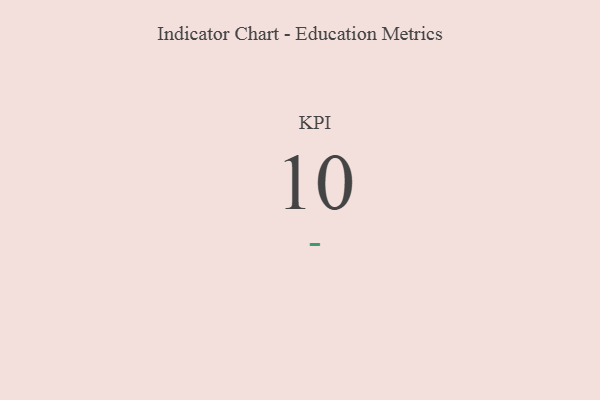
{"axis": {"x": "KPI", "y": "Value"}, "legend": [""], "data": [{"x": "KPI", "y": 10, "type": ""}]}